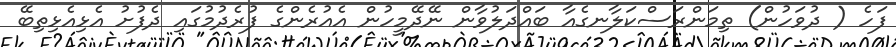
ފަހެ ( ދުވަހުން) ތިމަންރަސްކަލާނގެއާ ބައްދަލުވާން ނޭދޭމީހުން އެއުރެންގެ ފުރެދުމުގައި ދެފުށު އެޅިއެޅިތިބޭ